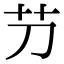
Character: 芀